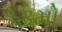
૧૩મો